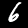
Digit: 6